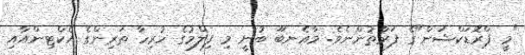
"މީ ޕްރޮޑަކްޝަން"ގެ ފަރާތުންނެވެ. މާއެނބޫ ބުނީ މި ފިލްމުގެ ހުރިހާ ތަރިންގެ އެކްޓިންއާއި